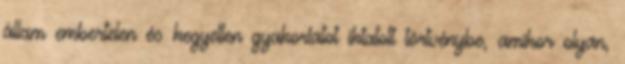
állam embertelen és kegyetlen gyakorlatot iktatott törtvénybe, amikor olyan,